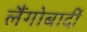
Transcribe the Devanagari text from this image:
लैंगोबार्दी